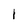
Character: I